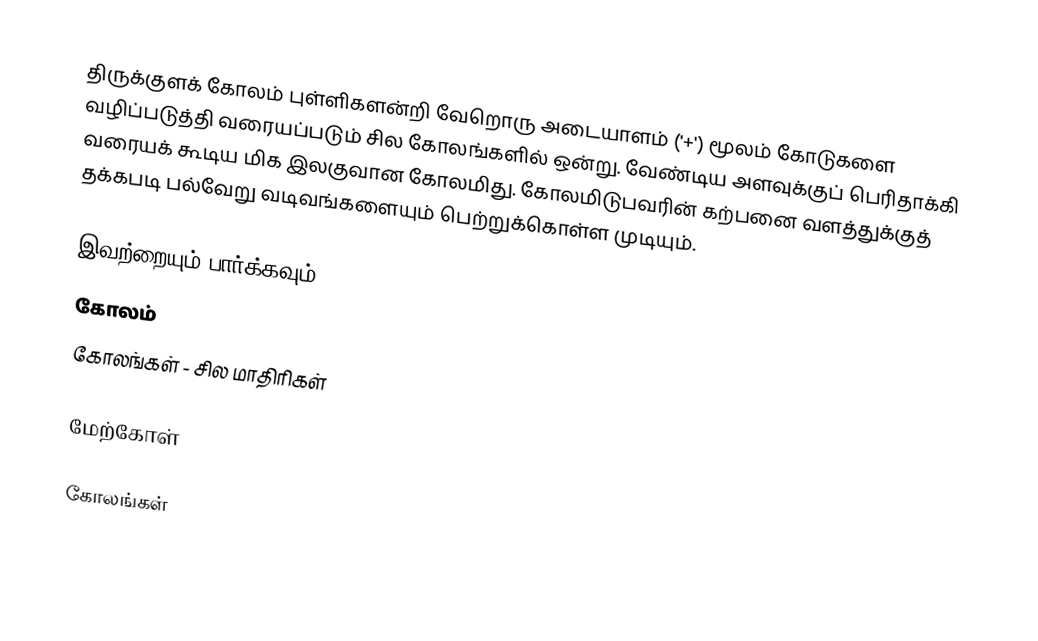
திருக்குளக் கோலம் புள்ளிகளன்றி வேறொரு அடையாளம் ('+') மூலம் கோடுகளை வழிப்படுத்தி வரையப்படும் சில கோலங்களில் ஒன்று. வேண்டிய அளவுக்குப் பெரிதாக்கி வரையக் கூடிய மிக இலகுவான கோலமிது. கோலமிடுபவரின் கற்பனை வளத்துக்குத் தக்கபடி பல்வேறு வடிவங்களையும் பெற்றுக்கொள்ள முடியும்.

இவற்றையும் பார்க்கவும்
 கோலம்
 கோலங்கள் - சில மாதிரிகள்

மேற்கோள்

கோலங்கள்